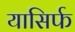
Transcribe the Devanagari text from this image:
यासिर्फ